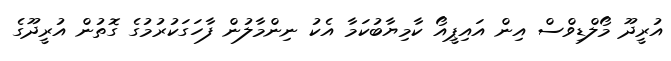
އުރީދޫ މޯލްޑިވްސް އިން އައިޕީއޯ ކާމިޔާބުކަމާ އެކު ނިންމާލުން ފާހަގަކުރުމުގެ ގޮތުން އުރީދޫގެ